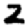
Digit: 2